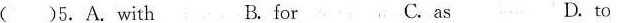
( )5.A. With B. for C.as D. to